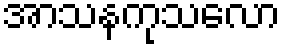
အာသနကုသလော